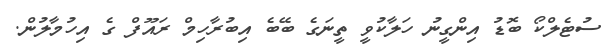
ސުޓެލްކޯ ބޮޑު އިންގީނު ހަލާކުވީ ތީނަގެ ބޭބެ އިބުރާހިމް ރައޫފް ގެ އިހުމާލުން.